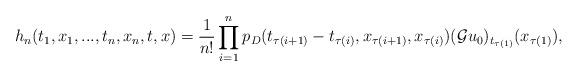
LaTeX: \begin{align*}h_n(t_1,x_1,...,t_n,x_n,t,x)=\frac{1}{n!}\prod_{i=1}^n p_D(t_{\tau(i+1)}-t_{\tau(i)},x_{\tau(i+1)}, x_{\tau(i)}) (\mathcal{G}u_0)_{t_{\tau(1)}}(x_{\tau(1)}),\end{align*}